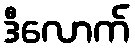
ဒီလောက်